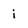
Character: i